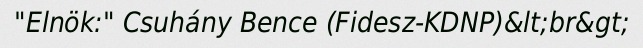
"Elnök:" Csuhány Bence (Fidesz-KDNP)&lt;br&gt;